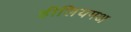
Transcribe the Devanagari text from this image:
हीलियमअ